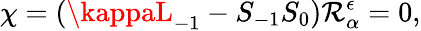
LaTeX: \chi=(\kappaL_{-1}-S_{-1}S_{0})\mathcal{R}_{\alpha}^{\epsilon}=0,